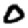
Digit: 0